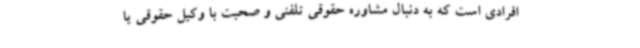
افرادی است که به دنبال مشاوره حقوقی تلفنی و صحبت با وکیل حقوقی یا